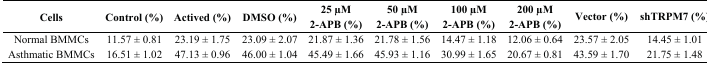
<table><thead><tr><td><b>Cells</b></td><td><b>Control (%)</b></td><td><b>Actived (%)</b></td><td><b>DMSO (%)</b></td><td><b>25 μM 2-APB (%)</b></td><td><b>50 μM 2-APB (%)</b></td><td><b>100 μM 2-APB (%)</b></td><td><b>200 μM 2-APB (%)</b></td><td><b>Vector (%)</b></td><td><b>shTRPM7 (%)</b></td></tr></thead><tbody><tr><td>Normal BMMCs</td><td>11.57 ± 0.81</td><td>23.19 ± 1.75</td><td>23.09 ± 2.07</td><td>21.87 ± 1.36</td><td>21.78 ± 1.56</td><td>14.47 ± 1.18</td><td>12.06 ± 0.64</td><td>23.57 ± 2.05</td><td>14.45 ± 1.01</td></tr><tr><td>Asthmatic BMMCs</td><td>16.51 ± 1.02</td><td>47.13 ± 0.96</td><td>46.00 ± 1.04</td><td>45.49 ± 1.66</td><td>45.93 ± 1.16</td><td>30.99 ± 1.65</td><td>20.67 ± 0.81</td><td>43.59 ± 1.70</td><td>21.75 ± 1.48</td></tr></tbody></table>